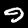
Label: 9